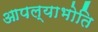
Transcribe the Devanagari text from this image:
आपल्याभोति